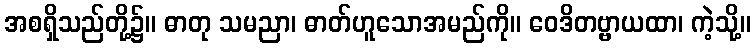
အစရှိသည်တို့၌။ ဓာတု သမညာ၊ ဓာတ်ဟူသောအမည်ကို။ ဝေဒိတဗ္ဗာယထာ၊ ကဲ့သို့။